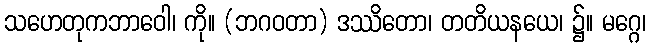
သဟေတုကဘာဝေါ၊ ကို။ (ဘဂဝတာ) ဒဿိတော၊ တတိယနယေ၊ ၌။ မဂ္ဂေ၊